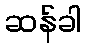
ဆန်ခါ